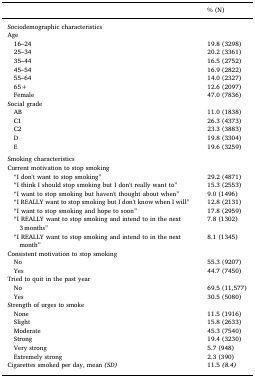
<table><thead><tr><td></td><td><b>% (N)</b></td></tr></thead><tbody><tr><td colspan="2">Sociodemographic characteristics</td></tr><tr><td>Age</td><td></td></tr><tr><td> 16–24</td><td>19.8 (3298)</td></tr><tr><td> 25–34</td><td>20.2 (3361)</td></tr><tr><td> 35–44</td><td>16.5 (2752)</td></tr><tr><td> 45–54</td><td>16.9 (2822)</td></tr><tr><td> 55–64</td><td>14.0 (2327)</td></tr><tr><td> 65+</td><td>12.6 (2097)</td></tr><tr><td> Female</td><td>47.0 (7836)</td></tr><tr><td>Social grade</td><td></td></tr><tr><td> AB</td><td>11.0 (1838)</td></tr><tr><td> C1</td><td>26.3 (4373)</td></tr><tr><td> C2</td><td>23.3 (3883)</td></tr><tr><td> D</td><td>19.8 (3304)</td></tr><tr><td> E</td><td>19.6 (3259)</td></tr><tr><td colspan="2">  </td></tr><tr><td colspan="2">Smoking characteristics</td></tr><tr><td>Current motivation to stop smoking</td><td></td></tr><tr><td> “I don&#x27;t want to stop smoking”</td><td>29.2 (4871)</td></tr><tr><td> “I think I should stop smoking but I don&#x27;t really want to”</td><td>15.3 (2553)</td></tr><tr><td> “I want to stop smoking but haven&#x27;t thought about when”</td><td>9.0 (1496)</td></tr><tr><td> “I REALLY want to stop smoking but I don&#x27;t know when I will”</td><td>12.8 (2131)</td></tr><tr><td> “I want to stop smoking and hope to soon”</td><td>17.8 (2959)</td></tr><tr><td> “I REALLY want to stop smoking and intend to in the next 3 months”</td><td>7.8 (1302)</td></tr><tr><td> “I REALLY want to stop smoking and intend to in the next month”</td><td>8.1 (1345)</td></tr><tr><td>Consistent motivation to stop smoking</td><td></td></tr><tr><td> No</td><td>55.3 (9207)</td></tr><tr><td> Yes</td><td>44.7 (7450)</td></tr><tr><td>Tried to quit in the past year</td><td></td></tr><tr><td> No</td><td>69.5 (11,577)</td></tr><tr><td> Yes</td><td>30.5 (5080)</td></tr><tr><td>Strength of urges to smoke</td><td></td></tr><tr><td> None</td><td>11.5 (1916)</td></tr><tr><td> Slight</td><td>15.8 (2633)</td></tr><tr><td> Moderate</td><td>45.3 (7540)</td></tr><tr><td> Strong</td><td>19.4 (3230)</td></tr><tr><td> Very strong</td><td>5.7 (948)</td></tr><tr><td> Extremely strong</td><td>2.3 (390)</td></tr><tr><td>Cigarettes smoked per day, mean <i>(SD)</i></td><td>11.5 <i>(8.4)</i></td></tr></tbody></table>